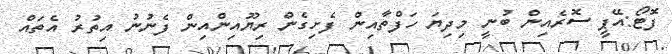
ފޮޓޯ:އޭޕީ ސޮރެއިން ބުނީ މިދިޔަ ހަފްތާއިން ފެށިގެން ރިޔޫއިންއިން ފެނުނު އިތުރު އެތައް